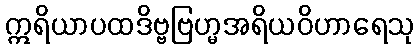
ဣရိယာပထဒိဗ္ဗဗြဟ္မအရိယဝိဟာရေသု